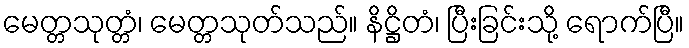
မေတ္တသုတ္တံ၊ မေတ္တသုတ်သည်။ နိဋ္ဌိတံ၊ ပြီးခြင်းသို့ ရောက်ပြီ။